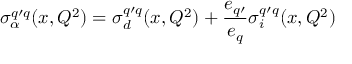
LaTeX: \sigma _ { \alpha } ^ { q \prime q } ( x , Q ^ { 2 } ) = \sigma _ { d } ^ { q \prime q } ( x , Q ^ { 2 } ) + \frac { e _ { q \prime } } { e _ { q } } \sigma _ { i } ^ { q \prime q } ( x , Q ^ { 2 } )